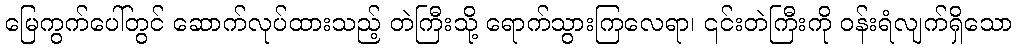
မြေကွက်ပေါ်တွင် ဆောက်လုပ်ထားသည့် တဲကြီးသို့ ရောက်သွားကြလေရာ၊ ၎င်းတဲကြီးကို ဝန်းရံလျက်ရှိသော